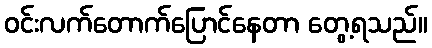
ဝင်းလက်တောက်ပြောင်နေတာ တွေ့ရသည်။